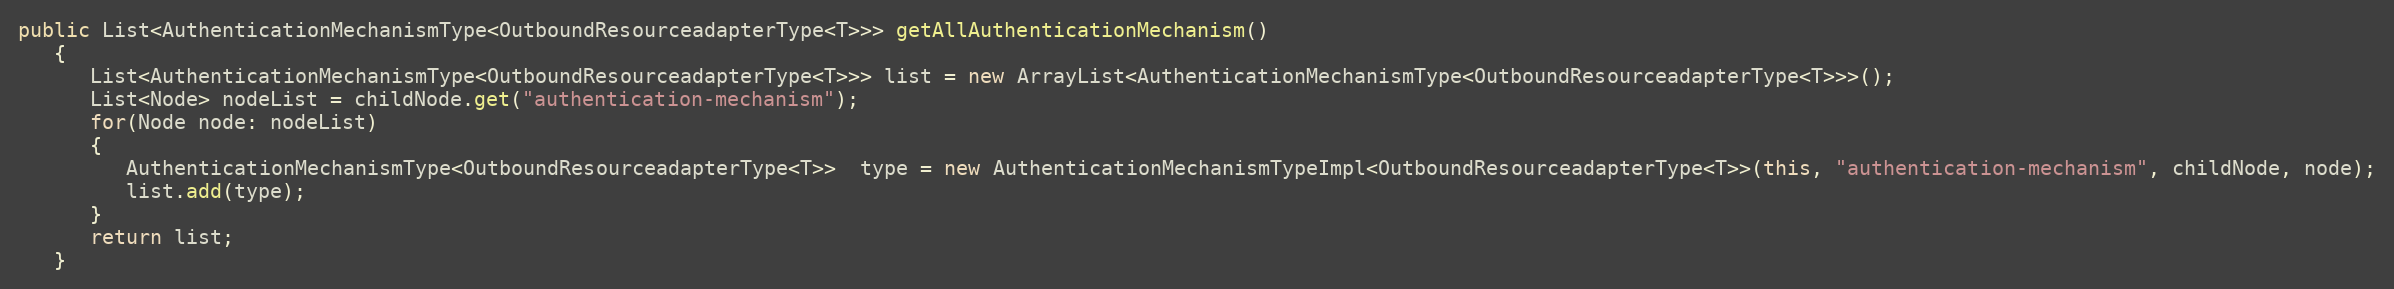
Language: Java
public List<AuthenticationMechanismType<OutboundResourceadapterType<T>>> getAllAuthenticationMechanism()
   {
      List<AuthenticationMechanismType<OutboundResourceadapterType<T>>> list = new ArrayList<AuthenticationMechanismType<OutboundResourceadapterType<T>>>();
      List<Node> nodeList = childNode.get("authentication-mechanism");
      for(Node node: nodeList)
      {
         AuthenticationMechanismType<OutboundResourceadapterType<T>>  type = new AuthenticationMechanismTypeImpl<OutboundResourceadapterType<T>>(this, "authentication-mechanism", childNode, node);
         list.add(type);
      }
      return list;
   }